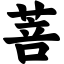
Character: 菩